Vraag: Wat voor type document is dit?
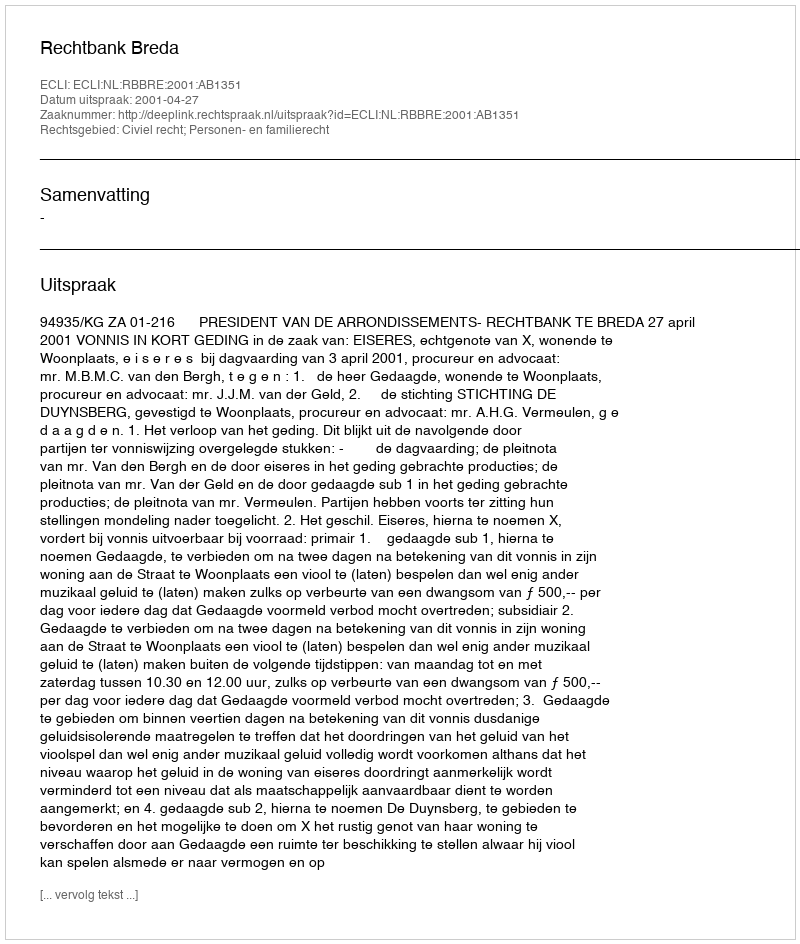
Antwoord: Uitspraak